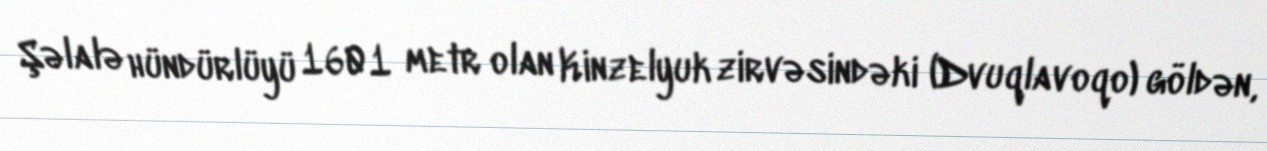
Şəlalə hündürlüyü 1601 metr olan Kinzelyuk zirvəsindəki (Dvuqlavoqo) göldən,